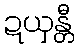
ဍယှန္တီ